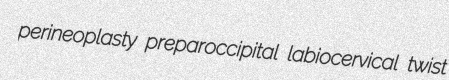
perineoplasty preparoccipital labiocervical twist